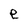
Character: e